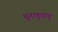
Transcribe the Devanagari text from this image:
थूनाकुदावु